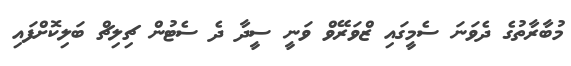
މުބާރާތުގެ ދެވަނަ ސެމީގައި ޒްވަރޭވް ވަނީ ސީދާ ދެ ސެޓުން ޗިލިޗް ބަލިކޮށްފައި